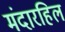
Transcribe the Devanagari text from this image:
मंदारहिल